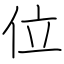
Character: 位